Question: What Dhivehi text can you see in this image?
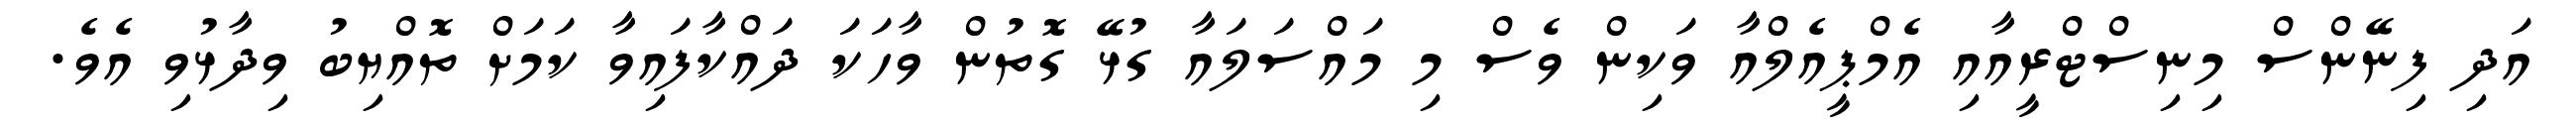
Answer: އަދި ފިނޭންސް މިނިސްޓްރީއާއި އެމްޕީއެލްއާ ވަކިން ވެސް މި މައްސަލައާ ގުޅޭ ގޮތުން ވާހަކަ ދައްކާފައިވާ ކަމަށް ތޮއްޔިބު ވިދާޅުވި އެވެ.